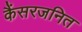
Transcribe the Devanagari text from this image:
कैंसरजनित